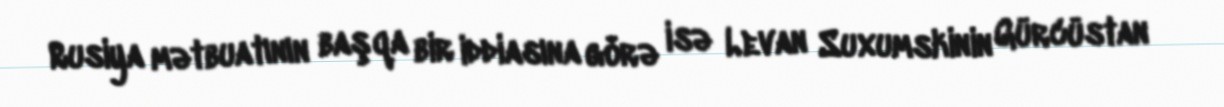
Rusiya mətbuatının başqa bir iddiasına görə isə Levan Suxumskinin Gürcüstan